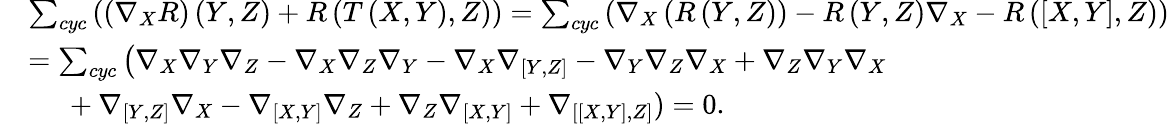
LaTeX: \begin{array}{rl}&{\sum_{cyc}\left(\left(\nabla_{X}R\right)\left(Y,Z\right)+R\left(T\left(X,Y\right),Z\right)\right)=\sum_{cyc}\left(\nabla_{X}\left(R\left(Y,Z\right)\right)-R\left(Y,Z\right)\nabla_{X}-R\left(\left[X,Y\right],Z\right)\right)}\\ &{=\sum_{cyc}\left(\nabla_{X}\nabla_{Y}\nabla_{Z}-\nabla_{X}\nabla_{Z}\nabla_{Y}-\nabla_{X}\nabla_{\left[Y,Z\right]}-\nabla_{Y}\nabla_{Z}\nabla_{X}+\nabla_{Z}\nabla_{Y}\nabla_{X}\right.}\\ &{\mathrm{~\ \ \ \ }+\nabla_{\left[Y,Z\right]}\nabla_{X}-\nabla_{\left[X,Y\right]}\nabla_{Z}+\nabla_{Z}\nabla_{\left[X,Y\right]}+\nabla_{\left[\left[X,Y\right],Z\right]})=0.}\end{array}